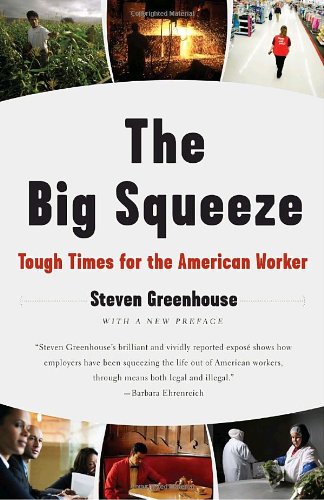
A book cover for The Big Squeeze: Tough Times for the American Worker; Steven Greenhouse; Business & Money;